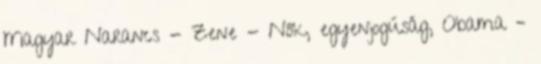
Magyar Narancs - Zene - Nők, egyenjogúság, Obama –